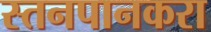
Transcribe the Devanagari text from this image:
स्तनपानकरा